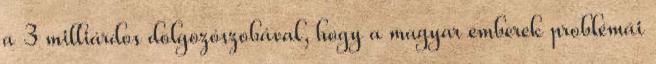
a 3 milliárdos dolgozószobával, hogy a magyar emberek problémái